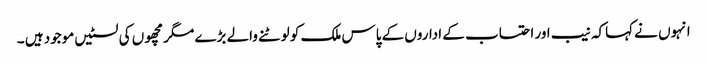
انہوں نے کہاکہ نیب اور احتساب کے اداروں کے پاس ملک کو لوٹنے والے بڑے مگر مچھوں کی لسٹیں موجود ہیں ۔